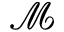
\mathcal { M }